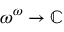
\omega ^ { \omega } \to \mathbb { C }